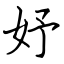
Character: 妤